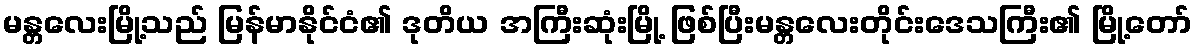
မန္တလေးမြို့သည် မြန်မာနိုင်ငံ၏ ဒုတိယ အကြီးဆုံးမြို့ ဖြစ်ပြီးမန္တလေးတိုင်းဒေသကြီး၏ မြို့တော်